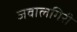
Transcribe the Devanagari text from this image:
जवालगिरी